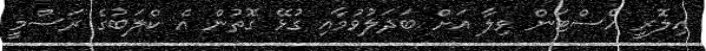
އިލޮރީ އެސްޓަން ވިލާ އަށް ބަދަލުވުމާއި ގުޅޭ ގޮތުން އެ ކްލަބުގެ ރަސްމީ